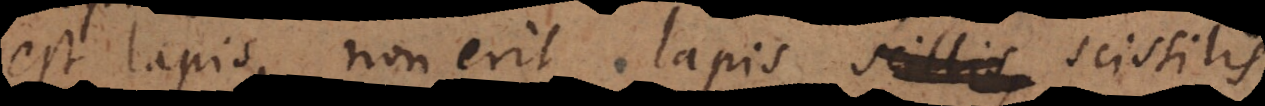
est lapis, non erit lapis scissilis